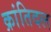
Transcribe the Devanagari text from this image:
क्रांतिदल